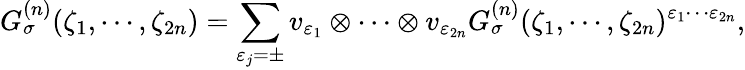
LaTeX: G_{\sigma}^{(n)}(\zeta_{1},\cdots,\zeta_{2n})=\sum_{\varepsilon_{j}=\pm}v_{\varepsilon_{1}}\otimes\cdots\otimes v_{\varepsilon_{2n}}G_{\sigma}^{(n)}(\zeta_{1},\cdots,\zeta_{2n})^{\varepsilon_{1}\cdots\varepsilon_{2n}},